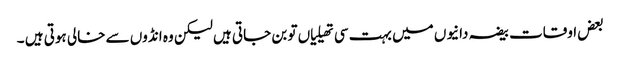
بعض اوقات بیضہ دانیوں میں بہت سی تھیلیاں تو بن جاتی ہیں لیکن وہ انڈوں سے خالی ہوتی ہیں ۔